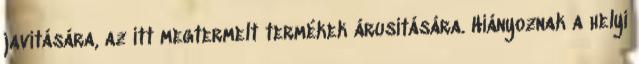
javítására, az itt megtermelt termékek árusítására. Hiányoznak a helyi